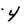
Character: y